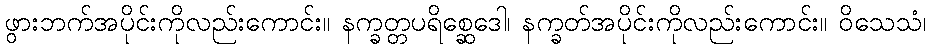
ဖွားဘက်အပိုင်းကိုလည်းကောင်း။ နက္ခတ္တပရိစ္ဆေဒေါ၊ နက္ခတ်အပိုင်းကိုလည်းကောင်း။ ဝိသေသံ၊